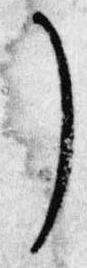
了